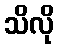
သိလို